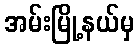
အမ်းမြို့နယ်မှ